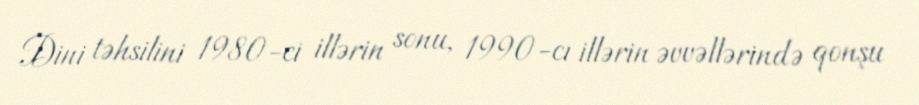
Dini təhsilini 1980-ci illərin sonu, 1990-cı illərin əvvəllərində qonşu